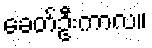
ခေတ်ဦးကာလ။